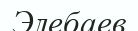
Элебаев